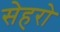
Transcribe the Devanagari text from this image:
सेहरो